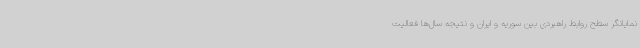
نمایانگر سطح روابط راهبردی بین سوریه و ایران و نتیجه سال‌ها فعالیت